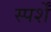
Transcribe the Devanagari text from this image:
स्पर्शें